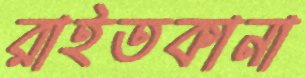
রাইতকানা